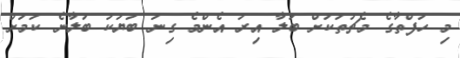
މި ހަފްތާގެ މެޗުތަކަށް ބަލާ އިރު އެންމެ ގިނަ ބަޔަކު ބަލާނެ ކަމަށް